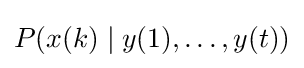
P(x(k)\mid y(1),\dots ,y(t))